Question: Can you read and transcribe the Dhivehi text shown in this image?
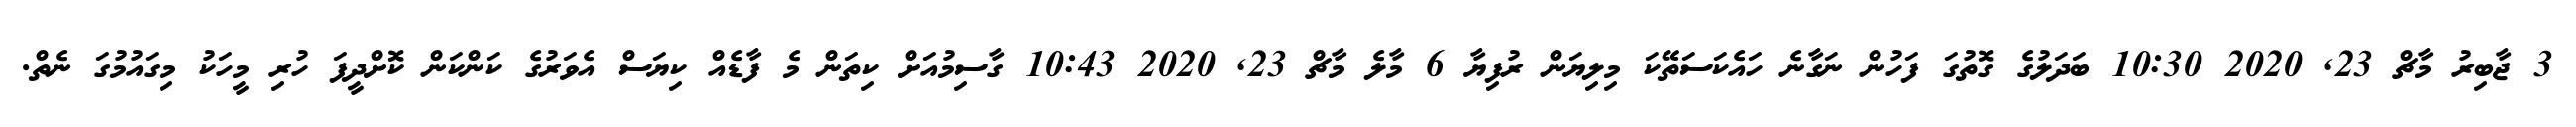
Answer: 3 ޖާބިރު މާޗް 23, 2020 10:30 ބަދަލުގެ ގޮތުގަ ފަހުން ނަގާނެ ހައެކަސަތޭކަ މިލިޔަން ރުފިޔާ 6 މާލެ މާޗް 23, 2020 10:43 ގާސިމުއަށް ކިތަން މެ ފާޑެއް ކިޔަސް އެވަރުގެ ކަންކަން ކޮށްދީފަ ހުރި މީހަކު މިގައުމުގަ ނެތް.